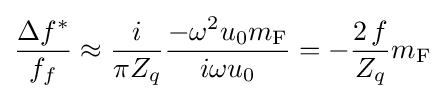
{\frac {\Delta f^{*}}{f_{f}}}\approx {\frac {i}{\pi Z_{q}}}{\frac {-\omega ^{2}u_{0}m_{\mathrm {F} }}{i\omega u_{0}}}=-{\frac {2\,f}{Z_{q}}}m_{\mathrm {F} }